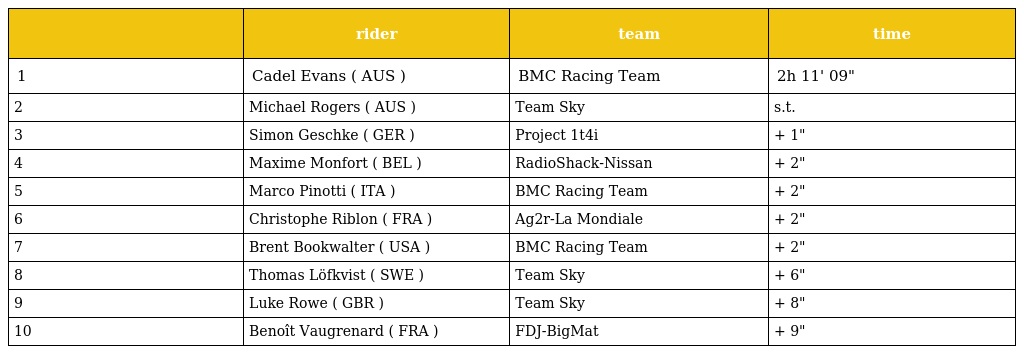
|  | rider | team | time |
 | --- | --- | --- | --- |
 | 1 | Cadel Evans ( AUS ) | BMC Racing Team | 2h 11' 09" |
 | 2 | Michael Rogers ( AUS ) | Team Sky | s.t. |
 | 3 | Simon Geschke ( GER ) | Project 1t4i | + 1" |
 | 4 | Maxime Monfort ( BEL ) | RadioShack-Nissan | + 2" |
 | 5 | Marco Pinotti ( ITA ) | BMC Racing Team | + 2" |
 | 6 | Christophe Riblon ( FRA ) | Ag2r-La Mondiale | + 2" |
 | 7 | Brent Bookwalter ( USA ) | BMC Racing Team | + 2" |
 | 8 | Thomas Löfkvist ( SWE ) | Team Sky | + 6" |
 | 9 | Luke Rowe ( GBR ) | Team Sky | + 8" |
 | 10 | Benoît Vaugrenard ( FRA ) | FDJ-BigMat | + 9" |